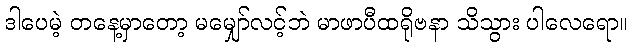
ဒါပေမဲ့ တနေ့မှာတော့ မမျှော်လင့်ဘဲ မာဖာပီထရိုဗနာ သိသွား ပါလေရော။